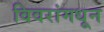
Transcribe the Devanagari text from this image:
विवरांमधून